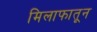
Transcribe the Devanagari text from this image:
मिलाफातून